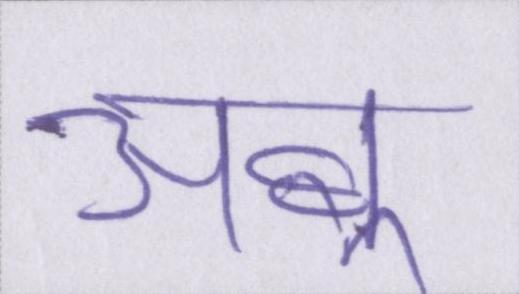
अबू